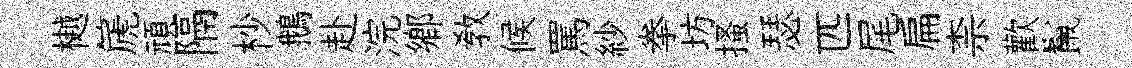
樾篪頑隔杪鵝赴浣郷敎候罵紗拳坊搔瑟匹尾扁柰歡鬣